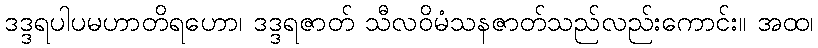
ဒဒ္ဒရပါပမဟာတိရဟော၊ ဒဒ္ဒရဇာတ် သီလဝိမံသနဇာတ်သည်လည်းကောင်း။ အထ၊